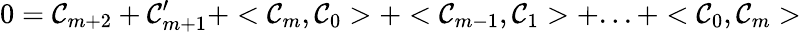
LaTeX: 0={\cal C}_{m+2}+{\cal C}_{m+1}^{\prime}+<{\cal C}_{m},{\cal C}_{0}>+<{\cal C}_{m-1},{\cal C}_{1}>+...+<{\cal C}_{0},{\cal C}_{m}>